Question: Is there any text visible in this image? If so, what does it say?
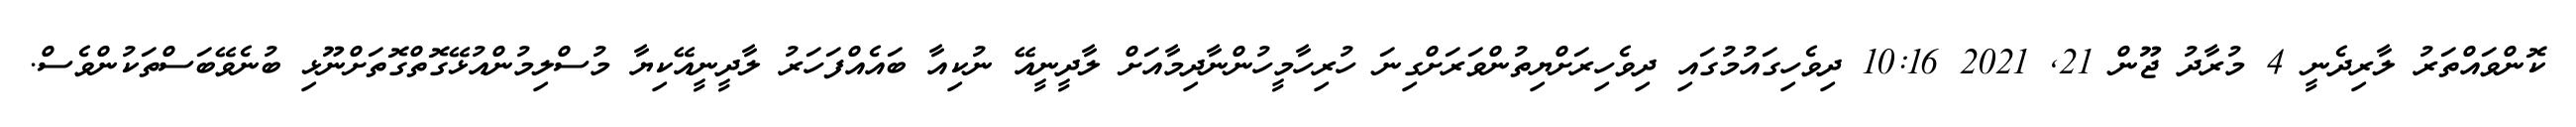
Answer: ކޮންވައްތަރު ލާރިދެނީ 4 މުރާދު ޖޫން 21, 2021 10:16 ދިވެހިގައުމުގައި ދިވެހިރަށްޔިތުންވަރަށްގިނަ ހުރިހާމީހުންނާދިމާއަށް ލާދީނީއޭ ނުކިއާ ބައެއްފަހަރު ލާދީނީއޭކިޔާ މުސްލިމުންއުޅޭގޮތްގޮތަށްނޫޅި ބުނެވޭބަސްތަކުންވެސް.